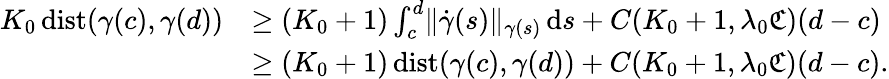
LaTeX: \begin{array}{rl}{K_{0}\, \mathrm{dist}(\gamma(c),\gamma(d))}&{\geq(K_{0}+1)\int_{c}^{d}\lVert\dot{\gamma}(s)\rVert_{\gamma(s)}\, \mathrm{d}s+C(K_{0}+1,\lambda_{0}{\mathfrak C})(d-c)}\\ &{\geq(K_{0}+1)\, \mathrm{dist}(\gamma(c),\gamma(d))+C(K_{0}+1,\lambda_{0}{\mathfrak C})(d-c).}\end{array}